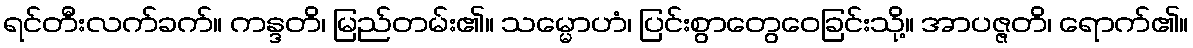
ရင်တီးလက်ခက်။ ကန္ဒတိ၊ မြည်တမ်း၏။ သမ္မောဟံ၊ ပြင်းစွာတွေဝေခြင်းသို့။ အာပဇ္ဇတိ၊ ရောက်၏။